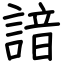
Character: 諳